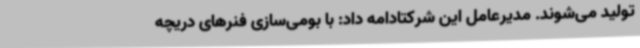
تولید می‌شوند. مدیرعامل این شرکتادامه داد: با بومی‌سازی فنرهای دریچه